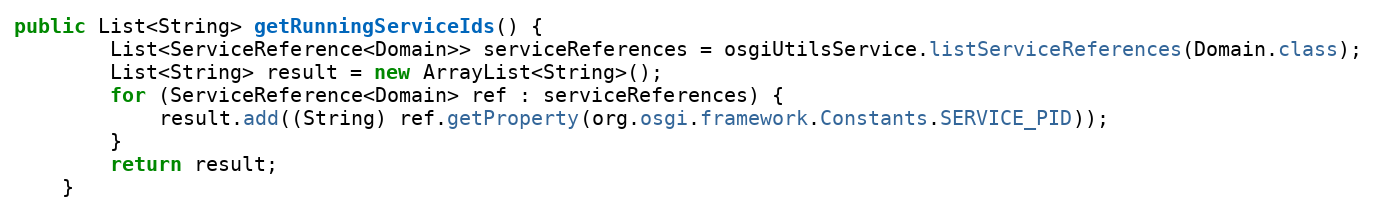
Language: Java
public List<String> getRunningServiceIds() {
        List<ServiceReference<Domain>> serviceReferences = osgiUtilsService.listServiceReferences(Domain.class);
        List<String> result = new ArrayList<String>();
        for (ServiceReference<Domain> ref : serviceReferences) {
            result.add((String) ref.getProperty(org.osgi.framework.Constants.SERVICE_PID));
        }
        return result;
    }